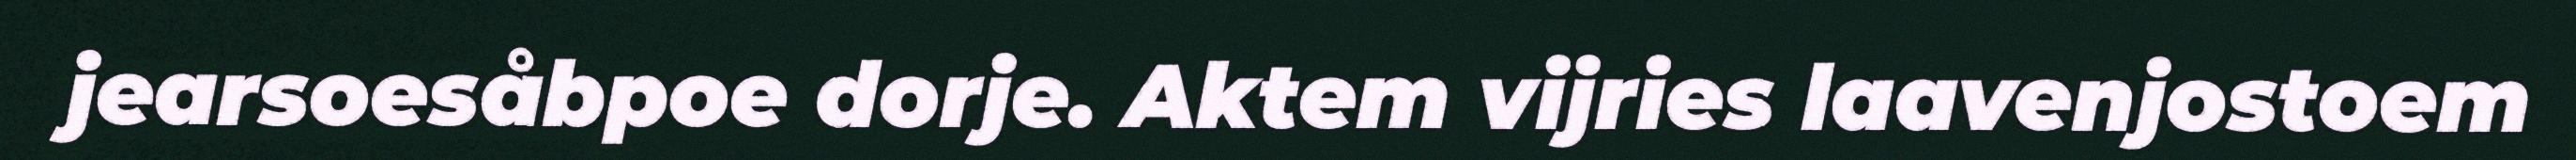
jearsoesåbpoe dorje. Aktem vijries laavenjostoem